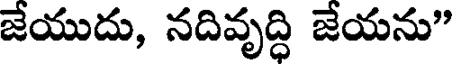
జేయుదు, నదివృద్ధి జేయను"